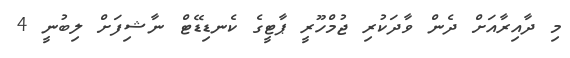
މި ދާއިރާއަށް ދެން ވާދަކުރި ޖުމްހޫރީ ޕާޓީގެ ކެނޑިޑޭޓް ނާޝިފަށް ލިބުނީ 4